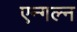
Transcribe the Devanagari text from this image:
एन्गल्न